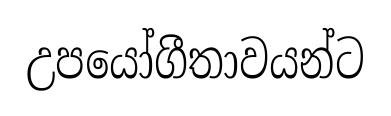
උපයෝගීතාවයන්ට